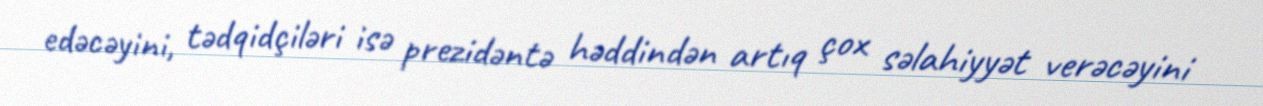
edəcəyini, tədqidçiləri isə prezidəntə həddindən artıq çox səlahiyyət verəcəyini